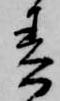
春